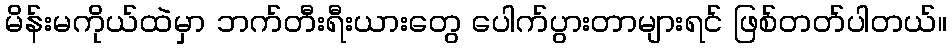
မိန်းမကိုယ်ထဲမှာ ဘက်တီးရီးယားတွေ ပေါက်ပွားတာများရင် ဖြစ်တတ်ပါတယ်။